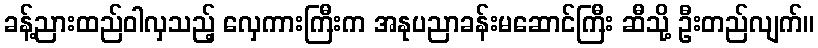
ခန့်ညားထည်ဝါလှသည့် လှေကားကြီးက အနုပညာခန်းမဆောင်ကြီး ဆီသို့ ဦးတည်လျက်။